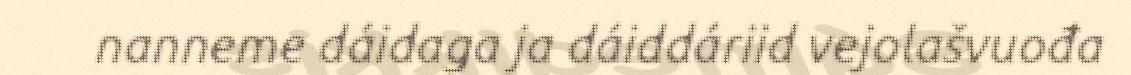
nanneme dáidaga ja dáiddáriid vejolašvuođa